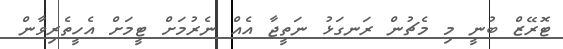
ޓޮރޭޒް ބުނީ މި މެޗުން ރަނގަޅު ނަތީޖާ އެއް ނެރުމަށް ޓީމަށް އެހީތެރިވާން